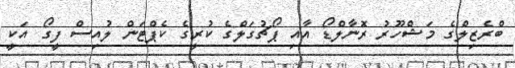
ބްރެޒިލްގެ މަޝްހޫރު ރޮނާލްޑޯ އާއި ޕޯޗުގަލްގެ ކުރީގެ ކެޕްޓަން ލުއިސް ފީގޯ އަކީ